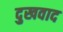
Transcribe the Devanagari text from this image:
दुखवाद